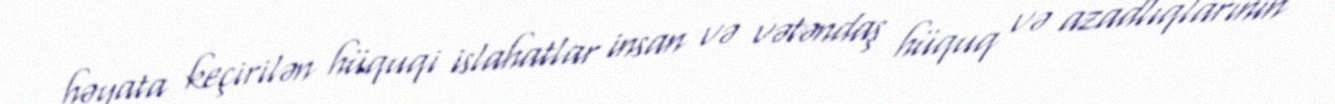
həyata keçirilən hüquqi islahatlar insan və vətəndaş hüquq və azadlıqlarının